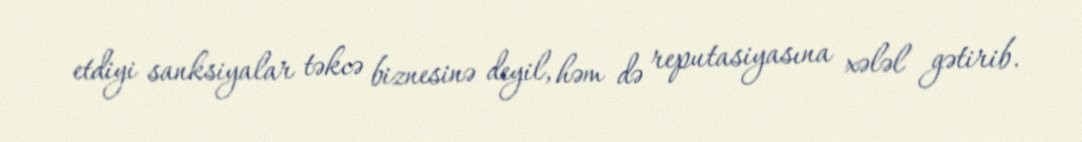
etdiyi sanksiyalar təkcə biznesinə deyil, həm də reputasiyasına xələl gətirib.